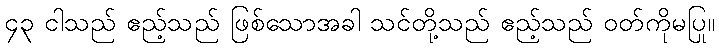
၄၃ ငါသည် ဧည့်သည် ဖြစ်သောအခါ သင်တို့သည် ဧည့်သည် ဝတ်ကိုမပြု။